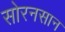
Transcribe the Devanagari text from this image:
सोरनसान